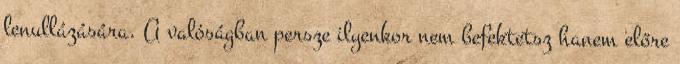
lenullázására. A valóságban persze ilyenkor nem befektetsz hanem előre